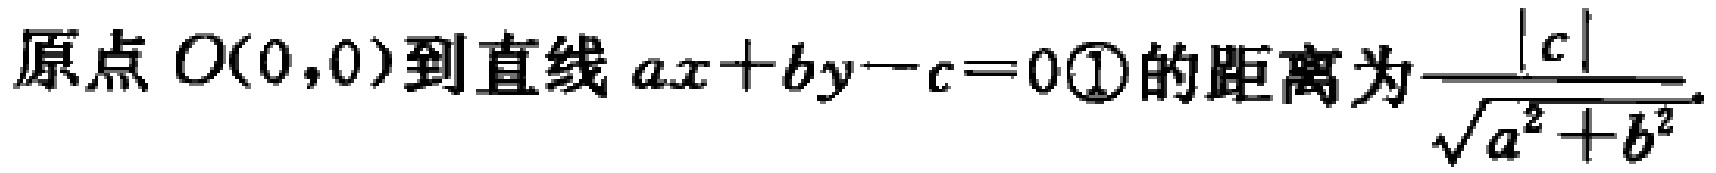
原点 \(O(0,0)\)到直线 \(ax + by - c = 0\textcircled{1}\)的距离为\(\frac{\vert c\vert}{\sqrt{a^{2}+b^{2}}}\)